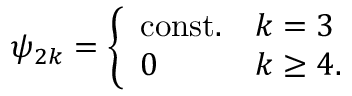
\psi _ { 2 k } = \left\{ \begin{array} { l l } { { \mathrm { c o n s t . } } } & { { k = 3 } } \\ { { 0 } } & { { k \geq 4 . } } \end{array} \right.